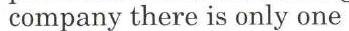
 company there is only one